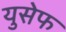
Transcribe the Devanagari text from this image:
युसेफ